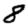
Digit: 8